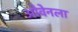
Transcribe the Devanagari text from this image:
ओवेनला